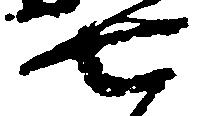
七